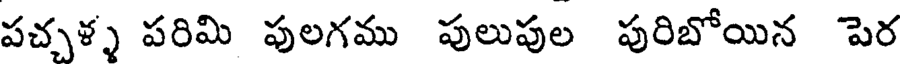
పచ్చళ్ళ పరిమి పులగము పులుపుల పురిబోయిన పెర